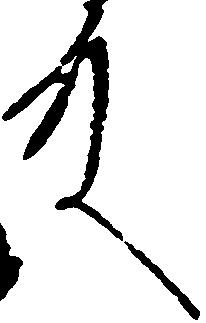
殿